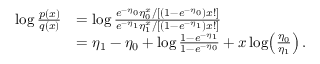
\begin{array} { r l } { \log \frac { p ( x ) } { q ( x ) } } & { = \log \frac { e ^ { - \eta _ { 0 } } \eta _ { 0 } ^ { x } / [ ( 1 - e ^ { - \eta _ { 0 } } ) x ! ] } { e ^ { - \eta _ { 1 } } \eta _ { 1 } ^ { x } / [ ( 1 - e ^ { - \eta _ { 1 } } ) x ! ] } } \\ & { = \eta _ { 1 } - \eta _ { 0 } + \log \frac { 1 - e ^ { - \eta _ { 1 } } } { 1 - e ^ { - \eta _ { 0 } } } + x \log \! \left( \frac { \eta _ { 0 } } { \eta _ { 1 } } \right) . } \end{array}